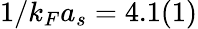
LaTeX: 1/k_{F}a_{s}=4.1(1)